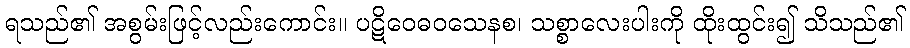
ရသည်၏ အစွမ်းဖြင့်လည်းကောင်း။ ပဋိဝေဓဝသေနစ၊ သစ္စာလေးပါးကို ထိုးထွင်း၍ သိသည်၏